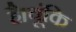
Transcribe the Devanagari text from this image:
है।चूंकि